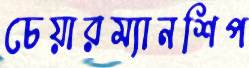
চেয়ারম্যানশিপ